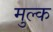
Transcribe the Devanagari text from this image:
मुल्‍क